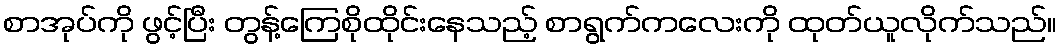
စာအုပ်ကို ဖွင့်ပြီး တွန့်ကြေစိုထိုင်းနေသည့် စာရွက်ကလေးကို ထုတ်ယူလိုက်သည်။